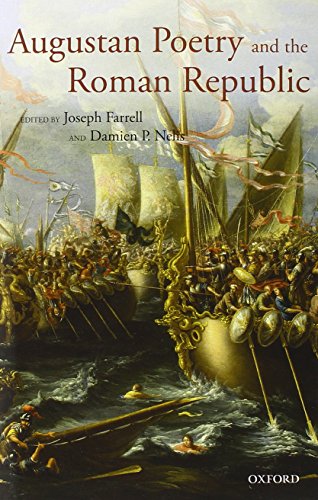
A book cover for Augustan Poetry and the Roman Republic; Literature & Fiction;